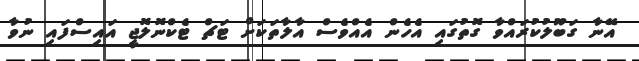
އޭނާ ގަބޫލުކުރައްވާ ގޮތުގައި އެހެން އެއްވެސް އާލާތަކަށް ޓަޗް ޓެކްނޮލޮޖީ އައިސްފައި ނުވާ